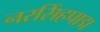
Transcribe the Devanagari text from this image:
नरसिंहपाद्म